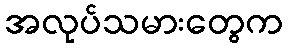
အလုပ်သမားတွေက